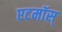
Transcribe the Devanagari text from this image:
एटमॉस्